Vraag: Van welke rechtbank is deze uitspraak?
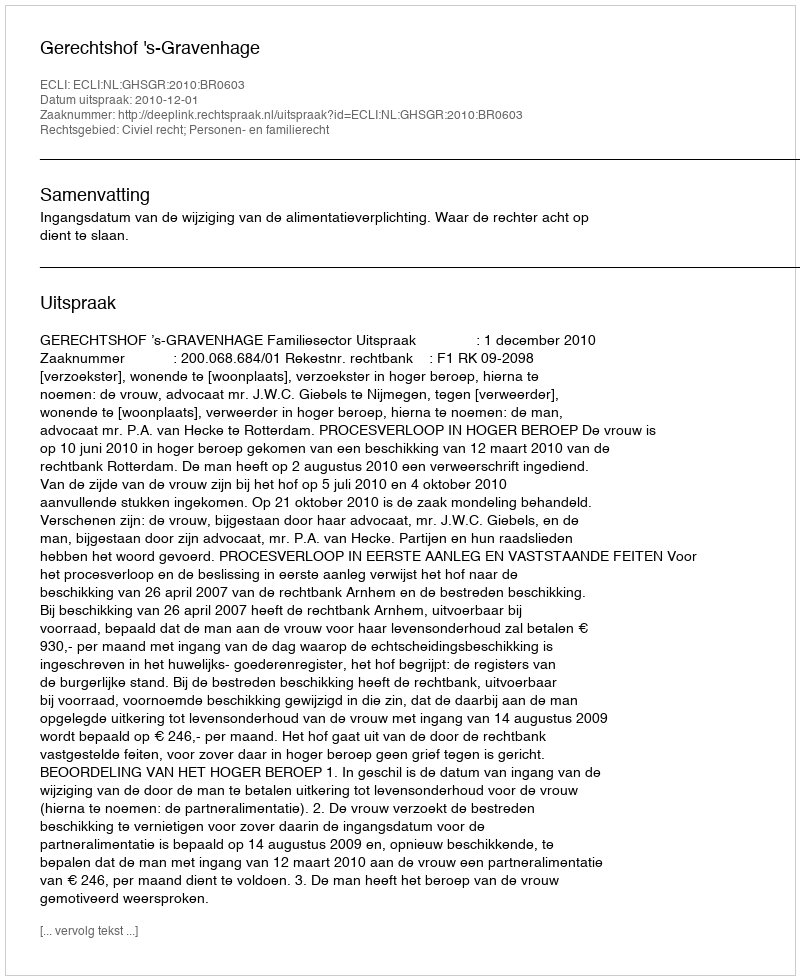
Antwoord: Gerechtshof 's-Gravenhage